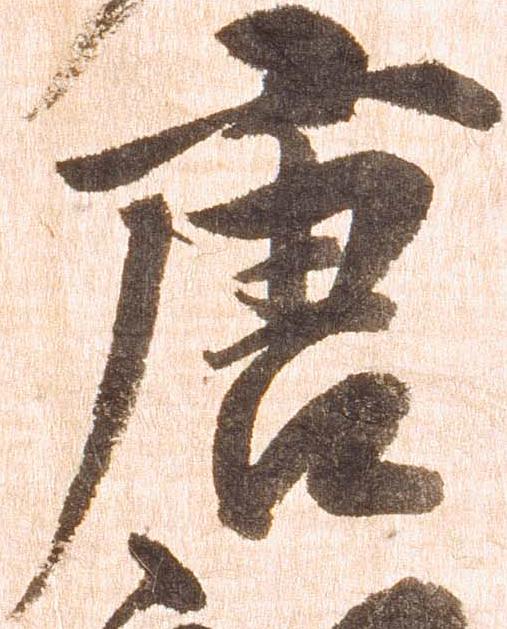
唐